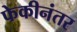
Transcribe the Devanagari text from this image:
फेकीनंतर